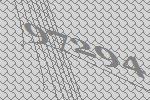
97294